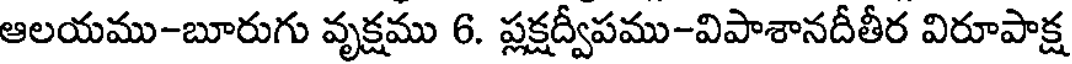
ఆలయము-బూరుగు వృక్షము 6. ప్లక్షద్వీపము-విపాశానదీతీర విరూపాక్ష